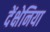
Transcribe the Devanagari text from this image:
देंक्षेनिया